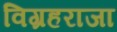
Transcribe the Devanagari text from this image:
विग्रहराजा